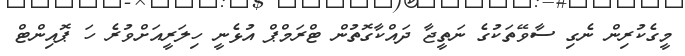
މީގެކުރިން ނެގި ސާވޭތަކުގެ ނަތީޖާ ދައްކާގޮތުން ޓްރަމްޕް އުޅެނީ ހިލަރީއަށްވުރެ ހަ ޕޮއިންޓް